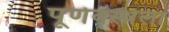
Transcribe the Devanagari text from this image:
पूर्णवस्थेला